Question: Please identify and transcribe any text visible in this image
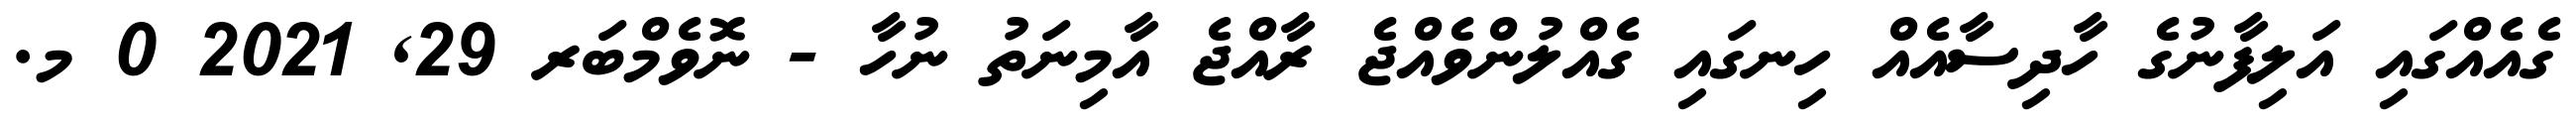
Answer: ގެއެއްގައި އަލިފާނުގެ ހާދިސާއެއް ހިނގައި ގެއްލުންވެއްޖެ ރާއްޖެ އާމިނަތު ނުހާ - ނޮވެމްބަރ 29, 2021 0 މ.